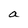
Character: a